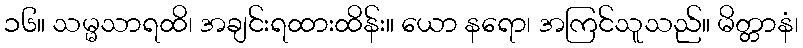
၁၆။ သမ္မသာရထိ၊ အချင်းရထားထိန်း။ ယော နရော၊ အကြင်သူသည်။ မိတ္တာနံ၊